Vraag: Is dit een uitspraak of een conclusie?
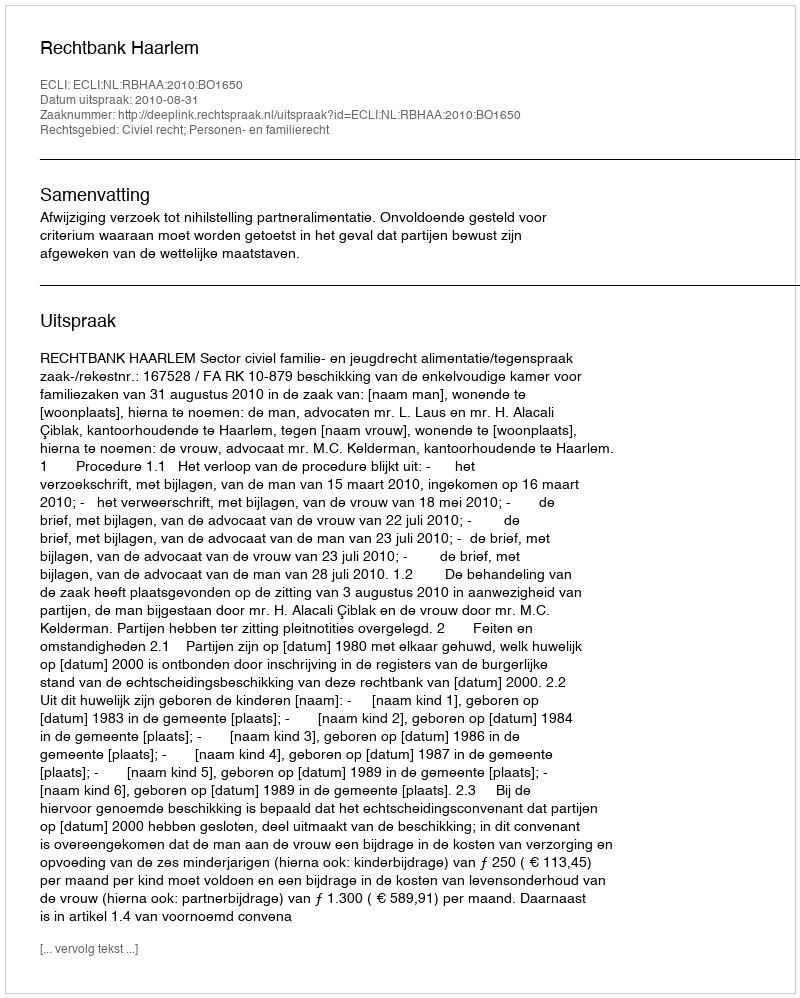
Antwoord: Uitspraak